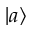
\vert a \rangle